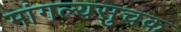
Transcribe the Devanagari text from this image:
मांगल्यसुचक